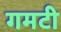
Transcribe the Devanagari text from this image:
गमटी